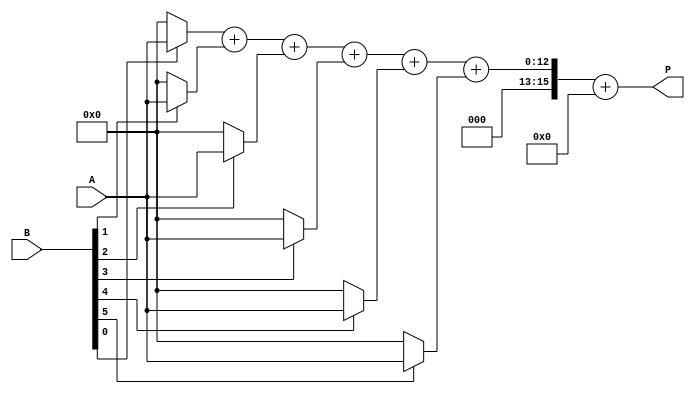
module wallace_tree_multiplier #(parameter A_WIDTH = 8, B_WIDTH = 8)(
    input [A_WIDTH-1:0] A,
    input [B_WIDTH-1:0] B,
    output [A_WIDTH + B_WIDTH - 1:0] P
);

// Generate Partial Products
wire [A_WIDTH-1:0] pp[B_WIDTH-1:0]; // Partial products
genvar i;
generate
    for (i = 0; i < B_WIDTH; i = i + 1) begin: partial_product_gen
        assign pp[i] = (B[i] == 1'b1) ? A : {A_WIDTH{1'b0}};
    end
endgenerate

// Wallace Tree Reduction
wire [A_WIDTH + B_WIDTH - 1:0] sum [0:(B_WIDTH/3)]; // Sums at each stage
wire [A_WIDTH + B_WIDTH - 1:0] carry [0:(B_WIDTH/3)]; // Carries at each stage

// Initial stage: Sum first three partial products
generate
    for (i = 0; i < B_WIDTH/3; i = i + 1) begin: reduction_stage
        if (i == 0) begin
            assign {carry[i], sum[i]} = pp[3*i] + pp[3*i + 1] + pp[3*i + 2];
        end else begin
            assign {carry[i], sum[i]} = sum[i-1] + pp[3*i] + pp[3*i + 1] + pp[3*i + 2];
        end
    end
endgenerate

// Final Summation
wire [A_WIDTH + B_WIDTH - 1:0] final_sum;
wire [A_WIDTH + B_WIDTH - 1:0] final_carry;

assign final_sum = sum[B_WIDTH/3 - 1] + carry[B_WIDTH/3 - 1];

// Assign product output
assign P = final_sum;

endmodule